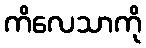
ကိလေသာကို